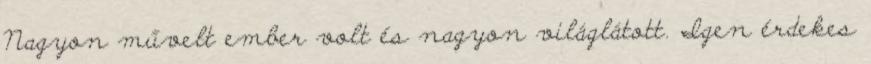
Nagyon művelt ember volt és nagyon világlátott. Igen érdekes